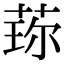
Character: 𬝍